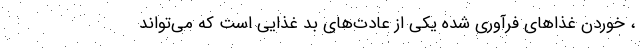
، خوردن غذا‌های فرآوری شده یکی از عادت‌های بد غذایی است که می‌تواند